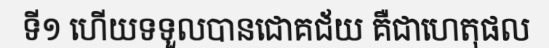
ទី១ ហើយទទួលបានជោគជ័យ គឺជាហេតុផល